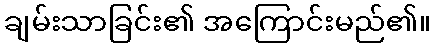
ချမ်းသာခြင်း၏ အကြောင်းမည်၏။